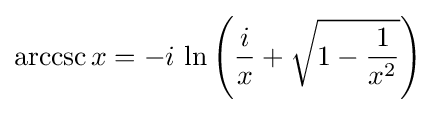
\operatorname {arccsc} x=-i\,\ln \left({\frac {i}{x}}+{\sqrt {1-{\frac {1}{x^{2}}}}}\right)